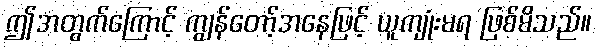
ဤအတွက်ကြောင့် ကျွန်တော့်အနေဖြင့် ယူကျုံးမရ ဖြစ်မိသည်။